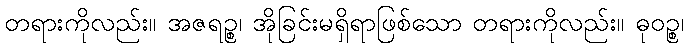
တရားကိုလည်း။ အဇရဉ္စ၊ အိုခြင်းမရှိရာဖြစ်သော တရားကိုလည်း။ ဓုဝဉ္စ၊